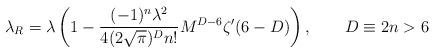
LaTeX: \begin{align*} \lambda_R =\lambda\left(1-\frac{(-1)^n\lambda^2}{4(2\sqrt{\pi})^D n!}M^{D-6}\zeta' (6-D) \right),\qquad D\equiv 2n>6\end{align*}